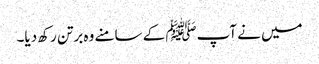
میں نے آپﷺ کے سامنے وہ برتن رکھ دیا۔